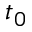
t _ { 0 }